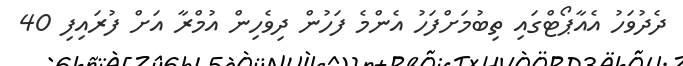
ދެދުވަހު އެއާޕޯޓްގައި ތިބުމަށްފަހު އެންމެ ފަހުން ދިވެހިން އުމްރާ އަށް ފުރައިފި 40